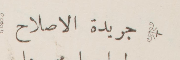
جريدة الإصلاح